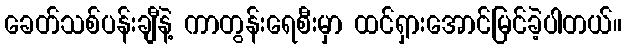
ခေတ်သစ်ပန်းချီနဲ့ ကာတွန်းရေစီးမှာ ထင်ရှားအောင်မြင်ခဲ့ပါတယ်။